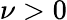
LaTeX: \nu>0